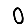
Digit: 0